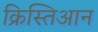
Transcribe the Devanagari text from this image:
क्रिस्तिआन